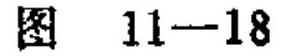
图 \(11 - 18\)